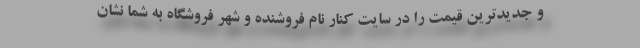
و جدیدترین قیمت را در سایت کنار نام فروشنده و شهر فروشگاه به شما نشان